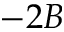
- 2 B